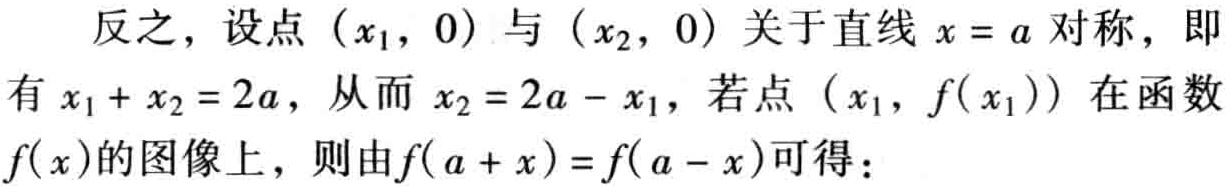
反之，设点\((x_1,0)\)与\((x_2,0)\)关于直线\(x = a\)对称，即有\(x_1 + x_2 = 2a\)，从而\(x_2 = 2a - x_1\)，若点\((x_1,f(x_1))\)在函数\(f(x)\)的图像上，则由\(f(a + x)=f(a - x)\)可得：